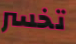
تخسر